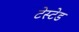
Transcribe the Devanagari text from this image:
टेस्टेड